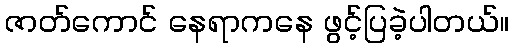
ဇာတ်ကောင် နေရာကနေ ဖွင့်ပြခဲ့ပါတယ်။